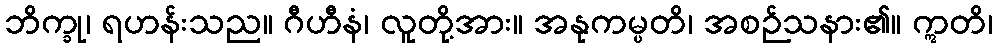
ဘိက္ခု၊ ရဟန်းသည။ ဂီဟီနံ၊ လူတို့အား။ အနုကမ္ပတိ၊ အစဉ်သနား၏။ ဣတိ၊